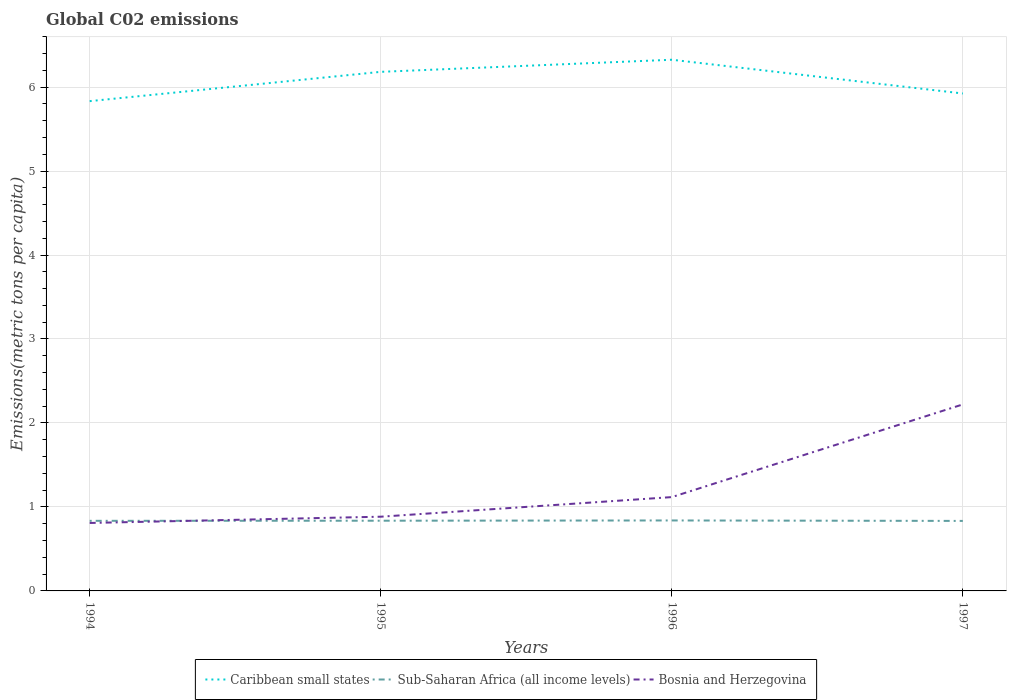
| Years | Caribbean small states | Sub-Saharan Africa (all income levels) | Bosnia and Herzegovina |
 | --- | --- | --- | --- |
 | 1994 | 5.83 | 0.835 | 0.809 |
 | 1995 | 6.18 | 0.836 | 0.884 |
 | 1996 | 6.33 | 0.839 | 1.12 |
 | 1997 | 5.92 | 0.834 | 2.22 |